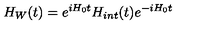
H _ { W } ( t ) = e ^ { i H _ { 0 } t } H _ { i n t } ( t ) e ^ { - i H _ { 0 } t }